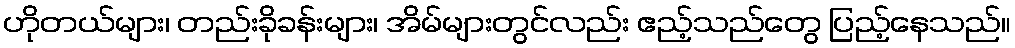
ဟိုတယ်များ၊ တည်းခိုခန်းများ၊ အိမ်များတွင်လည်း ဧည့်သည်တွေ ပြည့်နေသည်။